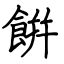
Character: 餠